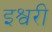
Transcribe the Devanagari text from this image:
इश्वरी